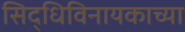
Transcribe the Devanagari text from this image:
सिद्धिविनायकाच्या